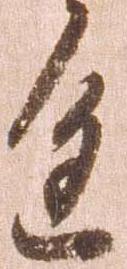
進